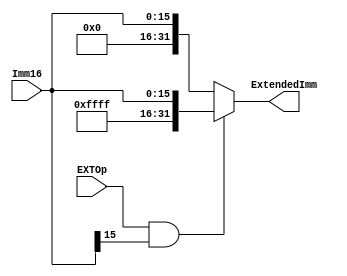
/*
 * 16bit -> 32bit Unsign/Sign Extend Unit
 */


module ExtendUnit(
					input [15:0] Imm16,
					input EXTOp,
					output [31:0] ExtendedImm
					);
	assign ExtendedImm = (EXTOp && Imm16[15])?{16'hffff, Imm16}:{16'b0, Imm16};
endmodule